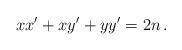
LaTeX: \begin{align*}xx'+xy'+yy'=2n\,.\end{align*}